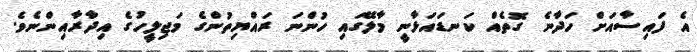
އެ ފައިސާއަށް ހަދާނެ ގޮތެއް ކަނޑައަޅާނީ މާލޭގައި ހުންނަ ރައްޔިތުންގެ މަޖިލީހުގެ އިދާރާއިންނެވެ.